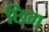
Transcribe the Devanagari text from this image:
छिग